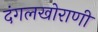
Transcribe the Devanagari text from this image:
दंगलखोराणी